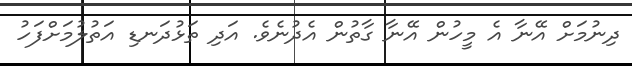
ދިނުމަށް އޭނާ އެ މީހުން އޭނާ ގާތުން އެދުނެވެ. އަދި ތަޅުދަނޑި އަތުލުމަށްފަހު